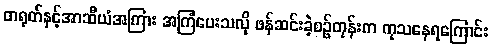
တရုတ်နှင့်အာဆီယံအကြား အကြံပေးသလို ဖန်ဆင်းခဲ့စဉ်တုန်းက ကုသနေရကြောင်း